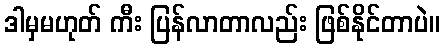
ဒါမှမဟုတ် ကီး ပြန်လာတာလည်း ဖြစ်နိုင်တာပဲ။